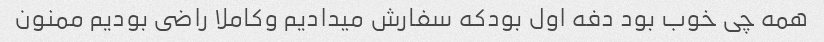
همه چى خوب بود دفه اول بودکه سفارش میدادیم وکاملا راضى بودیم ممنون